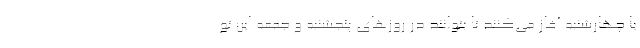
یا چهارشنبه آغاز می‌کنند تا بتوانند در روزهای پنجشنبه و جمعه این تو